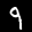
Label: 9